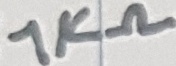
Text: 1KΩ